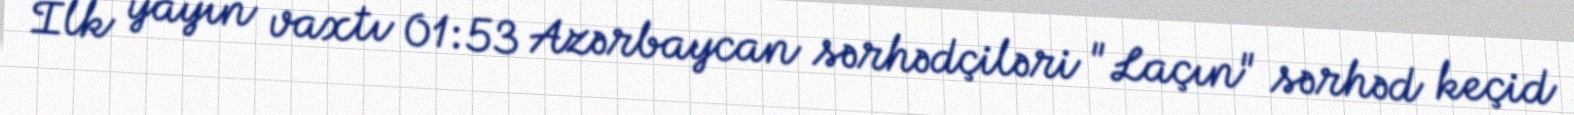
İlk yayın vaxtı 01:53 Azərbaycan sərhədçiləri "Laçın" sərhəd keçid